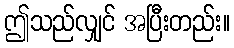
ဤသည်လျှင် အပြီးတည်း။